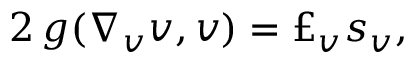
2 \, g ( \nabla _ { v } v , v ) = \pounds _ { v } s _ { v } ,